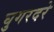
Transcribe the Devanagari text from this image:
घुगरदरे